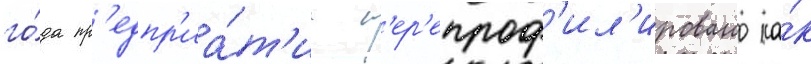
го́да пр'едпр'иа́т'ие п'ер'епроф'ил'ировано ка́к